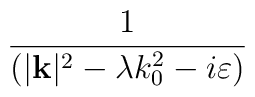
\frac{1}{(|\mathbf{k}|^{2}-\lambda k_{0}^{2}-i\varepsilon )}